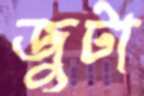
জুটা